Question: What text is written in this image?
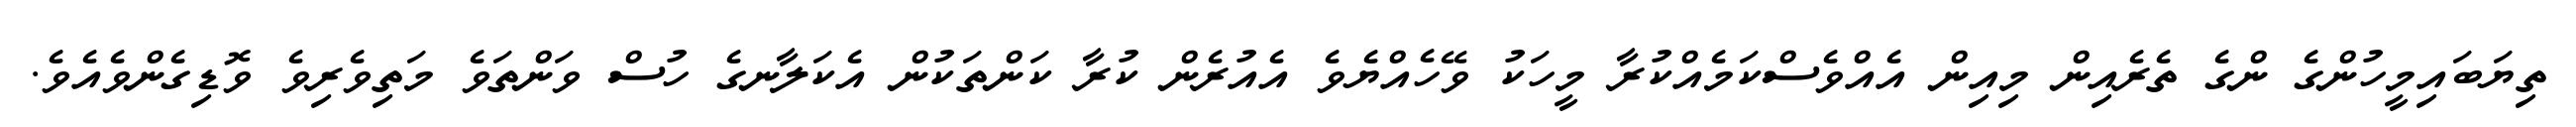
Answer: ތިޔަބައިމީހުންގެ ންގެ ތެރެއިން މިއިން އެއްވެސްކަމެއްކުރާ މީހަކު ވޭހެއްޔެވެ އެއުރެން ކުރާ ކަންތަކުން އެކަލާނގެ ހުސް ވަންތަވެ މަތިވެރިވެ ވޮޑިގެންވެއެވެ.